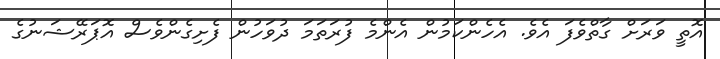
އޮތީ ވަރަށް ގާތްވެފަ އެވެ. އެހެންކަމުން އެންމެ ފުރަތަމަ ދުވަހުން ފެށިގެންވެސް އޮޕަރޭޝަނުގެ